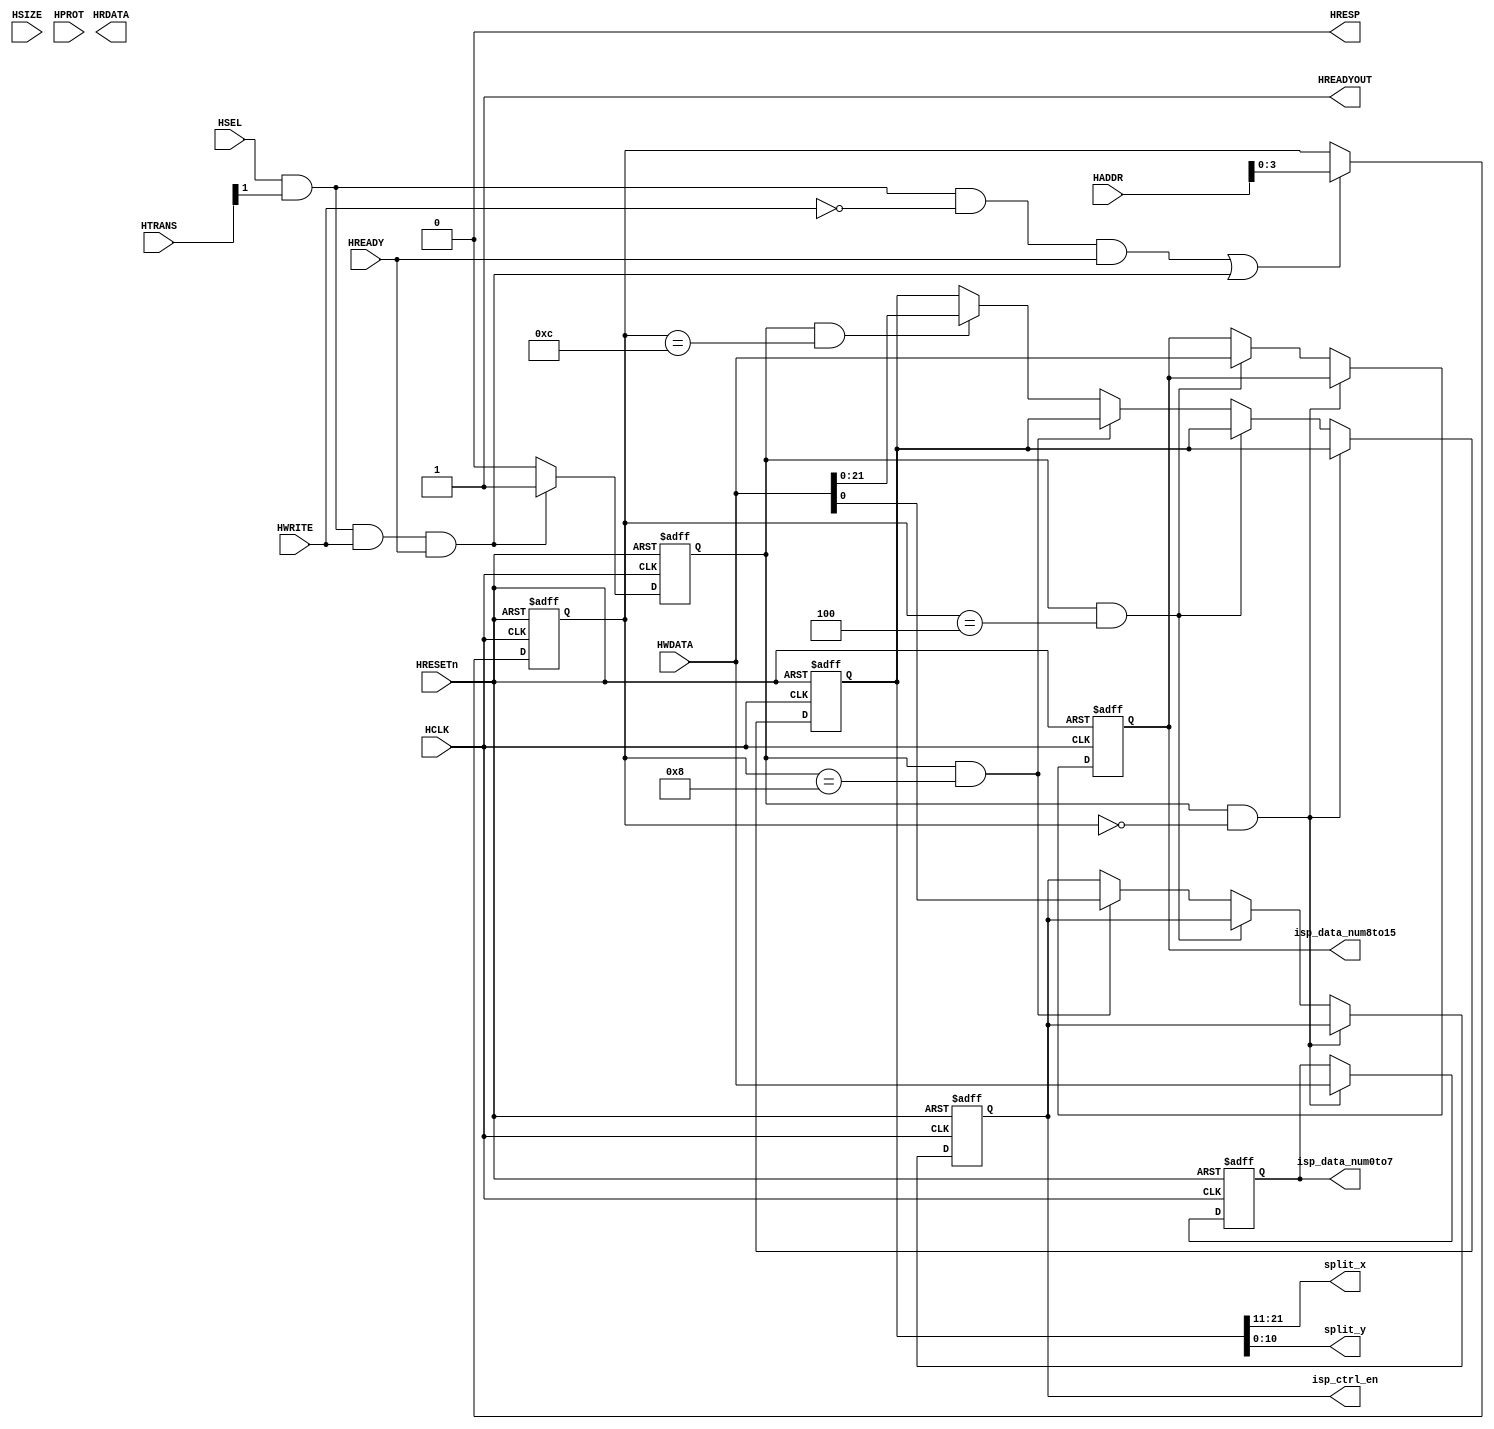
module AHBlite_ISP(
    input  wire          HCLK,    
    input  wire          HRESETn, 
    input  wire          HSEL,    
    input  wire   [31:0] HADDR,   
    input  wire    [1:0] HTRANS,  
    input  wire    [2:0] HSIZE,   
    input  wire    [3:0] HPROT,   
    input  wire          HWRITE,  
    input  wire   [31:0] HWDATA,  
    input  wire          HREADY,  
    output wire          HREADYOUT, 
    output wire   [31:0] HRDATA,  
    output wire          HRESP,

    output reg    [31:0] isp_data_num0to7,
    output reg    [31:0] isp_data_num8to15,
    output reg           isp_ctrl_en,
    output wire   [10:0] split_x,
    output wire   [10:0] split_y

);

assign HRESP = 1'b0;
assign HREADYOUT = 1'b1;

wire write_en;
assign write_en = HSEL & HTRANS[1] & HWRITE & HREADY;

wire read_en;
assign read_en = HSEL & HTRANS[1]&(~HWRITE)&HREADY;

reg [3:0] addr_reg;
always@(posedge HCLK or negedge HRESETn) begin
  if(~HRESETn) addr_reg <= 4'h0;
  else if(read_en || write_en) addr_reg <= HADDR[3:0];
end

reg rd_en_reg;
always@(posedge HCLK or negedge HRESETn) begin
  if(~HRESETn) rd_en_reg <= 1'b0;
  else if(read_en) rd_en_reg <= 1'b1;
  else rd_en_reg <= 1'b0;
end

reg wr_en_reg;
always@(posedge HCLK or negedge HRESETn) begin
  if(~HRESETn) wr_en_reg <= 1'b0;
  else if(write_en) wr_en_reg <= 1'b1;
  else  wr_en_reg <= 1'b0;
end

reg [21:0] split_x_y;
always@(posedge HCLK or negedge HRESETn) begin
    if(~HRESETn) begin
      isp_data_num0to7 <= 32'd0;
      isp_data_num8to15 <= 32'd0;
      isp_ctrl_en <= 1'b0;
      split_x_y <= 22'd0;
    end
    else if(wr_en_reg & addr_reg == 4'h0) begin
        isp_data_num0to7 <= HWDATA;
    end
    else if(wr_en_reg & addr_reg == 4'h4) begin
        isp_data_num8to15 <= HWDATA;
    end
    else if(wr_en_reg & addr_reg == 4'h8) begin
        isp_ctrl_en <= HWDATA;
    end
    else if(wr_en_reg & addr_reg == 4'hc) begin
        split_x_y <= HWDATA;
    end
    else begin
      isp_data_num0to7 <= isp_data_num0to7;
      isp_data_num8to15 <= isp_data_num8to15;
      isp_ctrl_en <= isp_ctrl_en;
      split_x_y <= split_x_y;
    end
end
assign split_x = split_x_y[21:11];
assign split_y = split_x_y[10:0];
// assign HRDATA = (rd_en_reg  & (addr_reg == 4'h0)) ? {28'b0,} : 32'd0;

// initial
// begin 
//   isp_data_num0to7 =  32'h00320000;
//   isp_data_num8to15 = 32'h00000040;
// end

endmodule